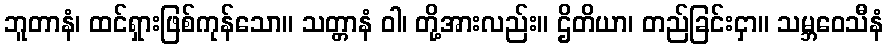
ဘူတာနံ၊ ထင်ရှားဖြစ်ကုန်သော။ သတ္တာနံ ဝါ၊ တို့အားလည်း။ ဌိတိယာ၊ တည်ခြင်းငှာ။ သမ္ဘဝေသီနံ